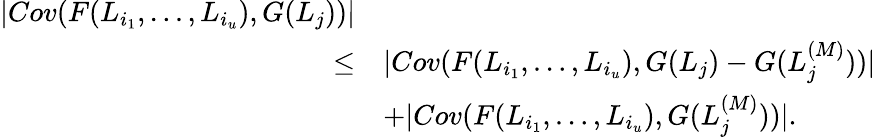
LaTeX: \begin{array}{rl}{|Cov(F(L_{i_{1}},\ldots,L_{i_{u}}),G(L_{j}))|}&{}\\ {\leq}&{|Cov(F(L_{i_{1}},\ldots,L_{i_{u}}),G(L_{j})-G(L_{j}^{(M)}))|}\\ &{+|Cov(F(L_{i_{1}},\ldots,L_{i_{u}}),G(L_{j}^{(M)}))|.}\end{array}